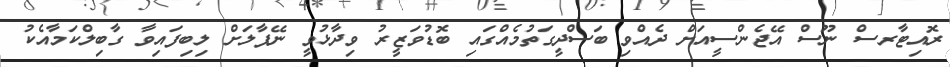
ރޮއިޓާރސް ނޫސް އޭޖެންސީއަށް ދެއްވި ބަސްދީގަތުމެއްގައި ބޮޑުވަޒީރު ވިދާޅުވީ ނޭޕާލަށް ލިބިފައިވާ ގާބިލްކަމާއެކު